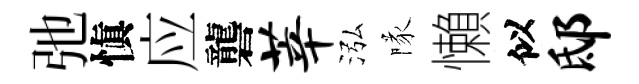
弛愼应礱莘泓隊懶似邸